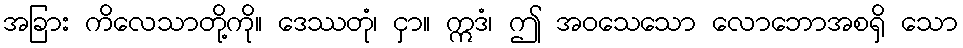
အခြား ကိလေသာတို့ကို။ ဒေဿတုံ၊ ငှာ။ ဣဒံ၊ ဤ အဝသေသော လောဘောအစရှိ သော